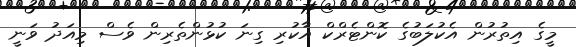
މީގެ އިތުރުން އެކުލަބުގެ ކޮންޓެރްކް އާކުރި ގިނަ ކުޅުންތެރިން ވެސް މިއަދު ވަނީ